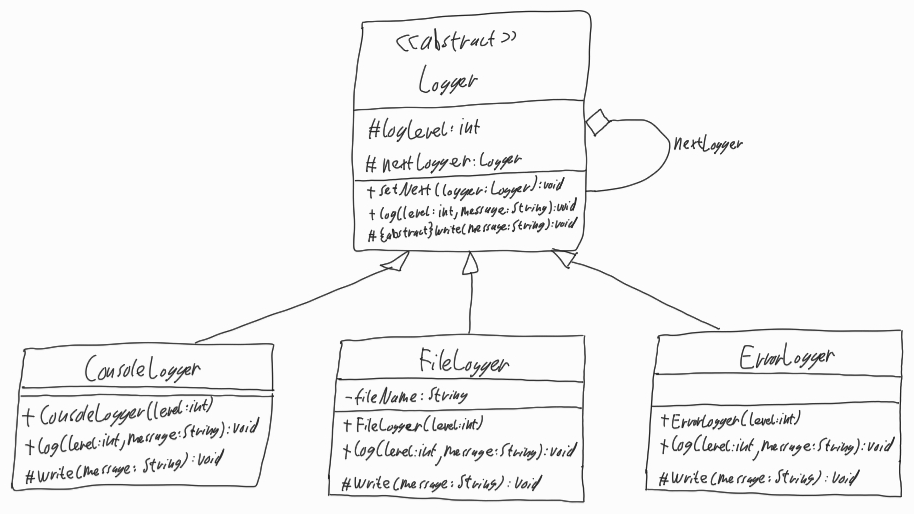
Diagram type: class_diagram
```plantuml
@startuml

abstract Logger {
  # logLevel: int
  # nextLogger: Logger
  + setNext(logger: Logger): void
  + log(level: int, message: String): void
  # {abstract} write(message: String): void
}

class ConsoleLogger extends Logger {
  + ConsoleLogger(level: int)
  + log(level: int, message: String): void
  # write(message: String): void
}

class FileLogger extends Logger {
  - fileName: String
  + FileLogger(level: int)
  + log(level: int, message: String): void
  # write(message: String): void
}

class ErrorLogger extends Logger {
  + ErrorLogger(level: int)
  + log(level: int, message: String): void
  # write(message: String): void
}

Logger o-- Logger :  nextLogger

@enduml
```